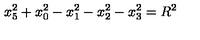
x _ { 5 } ^ { 2 } + x _ { 0 } ^ { 2 } - x _ { 1 } ^ { 2 } - x _ { 2 } ^ { 2 } - x _ { 3 } ^ { 2 } = R ^ { 2 }